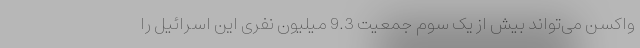
واکسن می‌تواند بیش از یک سوم جمعیت 9.3 میلیون نفری این اسرائیل را